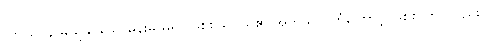
(ကိုယ်ဝန် မယူနိုင်သောမိန်းမ မရှိ။ ဖြစ်စသူငယ်၏ အကုသိုလ်ကံကြောင့် ဖြစ်စ တွင်လည်း